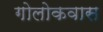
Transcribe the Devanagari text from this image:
गोलोकवास